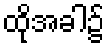
ထိုအခါ၌